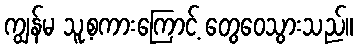
ကျွန်မ သူ့စကားကြောင့် တွေဝေသွားသည်။